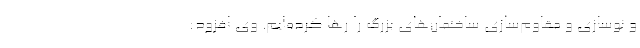
و نوسازی و مقاوم‌سازی ساختمان‌های بزرگ را رها کرده‌ایم. وی افزود: